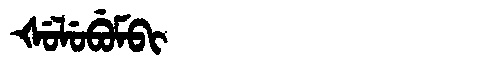
Manchu: ᡧᡠᠯᡠᠪᡠᠮᠪᡳ
Romanization: ŠULUBUMBI